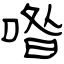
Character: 喒